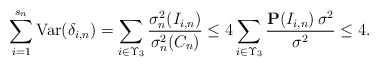
\begin{align*}\sum_{i=1}^{s_{n}}\mbox{Var}(\delta _{i,n})=\sum_{i\in \Upsilon _{3}}\frac{\sigma _{n}^{2}(I_{i,n})}{\sigma _{n}^{2}(C_{n})}\leq 4\sum_{i\in \Upsilon_{3}}\frac{{\bf P}(I_{i,n})\,\sigma ^{2}}{\sigma ^{2}}\leq 4. \end{align*}